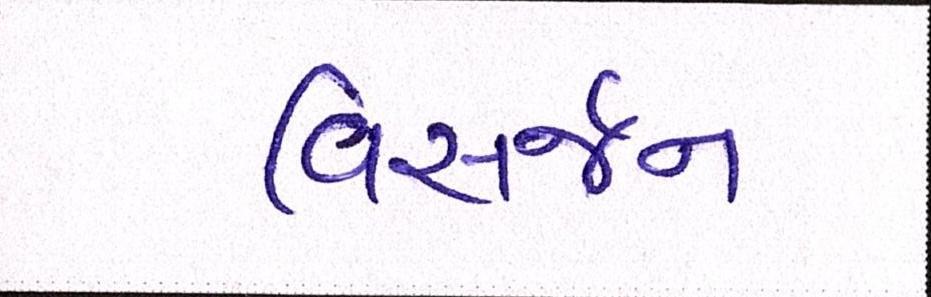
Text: વિસર્જન